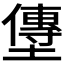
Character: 𫮯